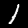
Label: 1